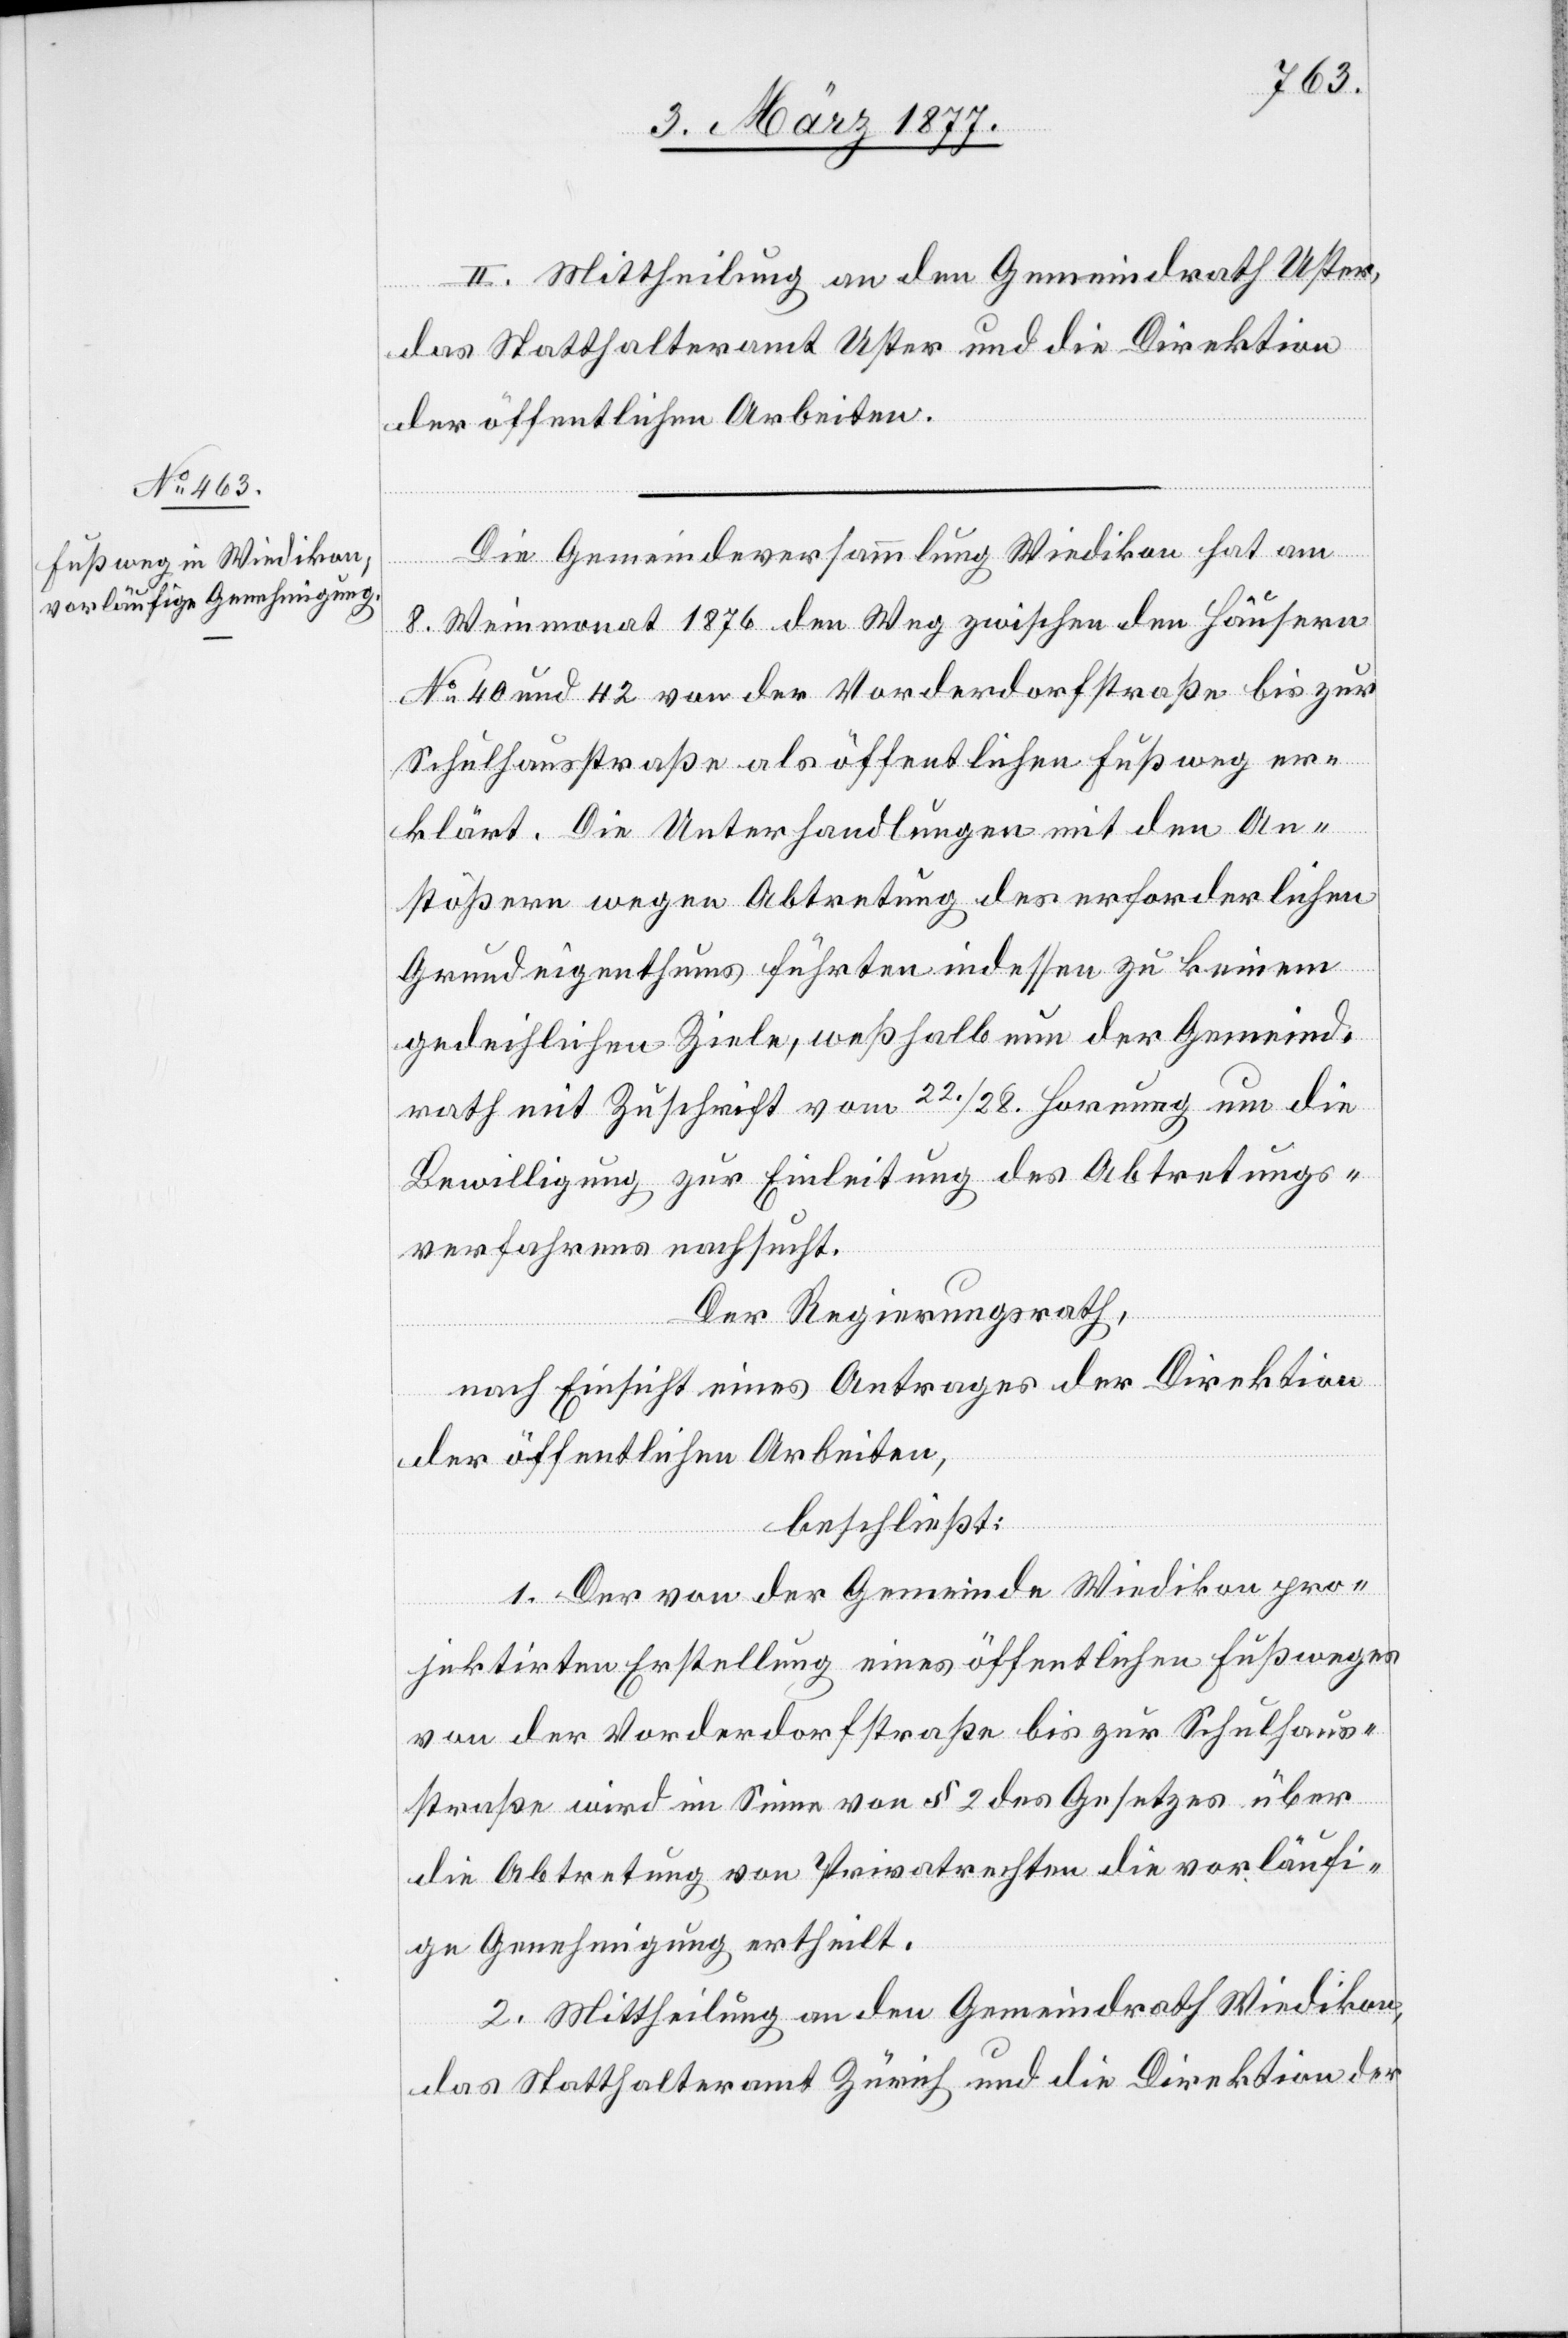
II. Mittheilung an den Gemeindrath Uster,
das Statthalteramt Uster und die Direktion
der öffentlichen Arbeiten.
Die Gemeindeversammlung Wiedikon hat am
8. Weinmonat 1876 den Weg zwischen den Häusern
No 40 und 42 von der Vorderdorfstraße bis zur
Schulhausstraße als öffentlichen Fußweg er¬
klärt. Die Unterhandlungen mit den An¬
stößern wegen Abtretung des erforderlichen
Grundeigenthums führten indessen zu keinem
gedeihlichen Ziele, weßhalb nun der Gemeind¬
rath mit Zuschrift vom 22./28. Hornung um die
Bewilligung zur Einleitung des Abtretungs¬
verfahrens nachsucht.
Der Regierungsrath,
nach Einsicht eines Antrages der Direktion
der öffentlichen Arbeiten,
beschließt:
1. Der von der Gemeinde Wiedikon pro¬
jektirten Erstellung eines öffentlichen Fußweges
von der Vorderdorfstraße bis zur Schulhaus¬
straße wird im Sinne von § 2 des Gesetzes über
die Abtretung von Privatrechten die vorläufi¬
ge Genehmigung ertheilt.
2. Mittheilung an den Gemeindrath Wiedikon,
das Statthalteramt Zürich und die Direktion der